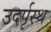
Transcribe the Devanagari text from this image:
उदर्पृस्थ